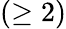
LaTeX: (\ge 2)